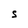
Character: S